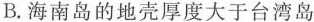
B.海南岛的地壳厚度大于台湾岛